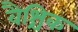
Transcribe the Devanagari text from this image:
वैश्चिक